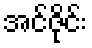
အင်ဇိုင်း